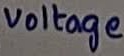
Text: voltage